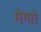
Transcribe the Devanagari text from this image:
मेगारे